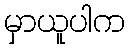
မှာယူပါက